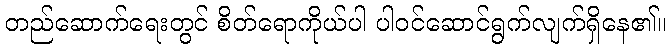
တည်ဆောက်ရေးတွင် စိတ်ရောကိုယ်ပါ ပါဝင်ဆောင်ရွက်လျက်ရှိနေ၏။